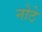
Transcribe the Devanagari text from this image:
नोठे